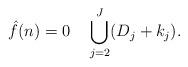
LaTeX: \begin{align*}\hat f(n) = 0\quad\bigcup_{j=2}^{J} (D_j + k_{j}).\end{align*}